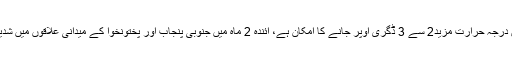
اگلے3 ماہ میں درجہ حرارت مزید2 سے 3 ڈگری اوپر جانے کا امکان ہے، آئندہ 2 ماہ میں جنوبی پنجاب اور پختونخوا کے میدانی علاقوں میں شدید گرمی ہوگی۔